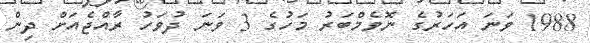
1988 ވަނަ އަހަރުގެ ނޮވެމްބަރު މަހުގެ 3 ވަނަ ދުވަހު ރާއްޖެއަށް ދިން